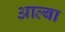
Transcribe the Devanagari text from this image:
आल्बा